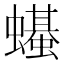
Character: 𫋣